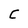
Character: C